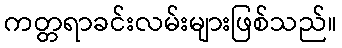
ကတ္တရာခင်းလမ်းများဖြစ်သည်။